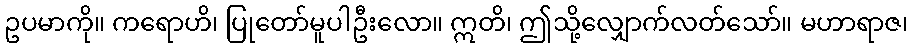
ဥပမာကို။ ကရောဟိ၊ ပြုတော်မူပါဦးလော။ ဣတိ၊ ဤသို့လျှောက်လတ်သော်။ မဟာရာဇ၊